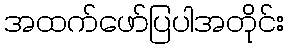
အထက်ဖော်ပြပါအတိုင်း